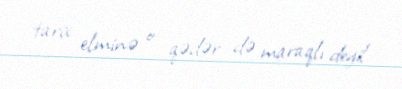
tarix elminə o qədər də maraqlı deyil.